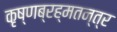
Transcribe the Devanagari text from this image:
कृष्णब्रह्मतन्त्र